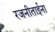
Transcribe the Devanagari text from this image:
रजनीताईना